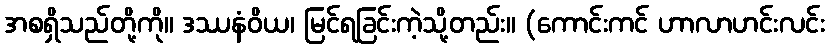
အစရှိသည်တို့ကို။ ဒဿနံဝိယ၊ မြင်ရခြင်းကဲ့သို့တည်း။ (ကောင်းကင် ဟာလာဟင်းလင်း